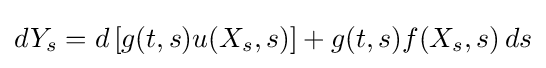
dY_{s}=d\left[g(t,s)u(X_{s},s)\right]+g(t,s)f(X_{s},s)\,ds